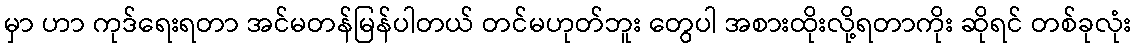
မှာ ဟာ ကုဒ်ရေးရတာ အင်မတန်မြန်ပါတယ် တင်မဟုတ်ဘူး တွေပါ အစားထိုးလို့ရတာကိုး ဆိုရင် တစ်ခုလုံး